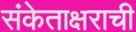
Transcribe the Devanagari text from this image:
संकेताक्षराची